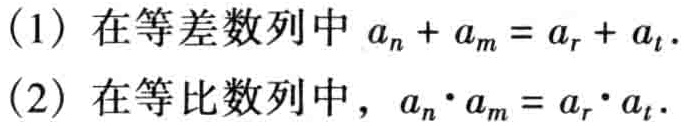
(1) 在等差数列中 \(a_{n}+a_{m}=a_{r}+a_{t}\).
(2) 在等比数列中，\(a_{n}\cdot a_{m}=a_{r}\cdot a_{t}\).